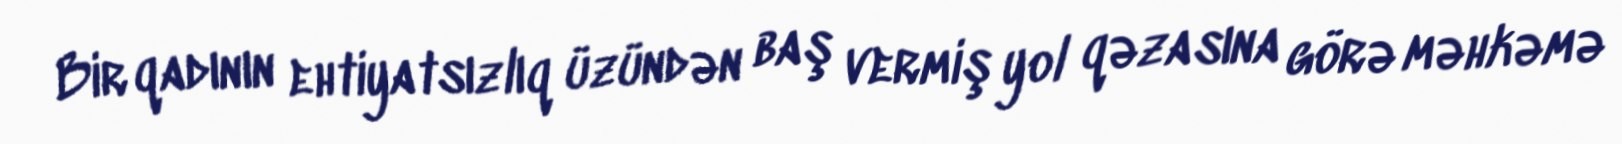
Bir qadının ehtiyatsızlıq üzündən baş vermiş yol qəzasına görə məhkəmə